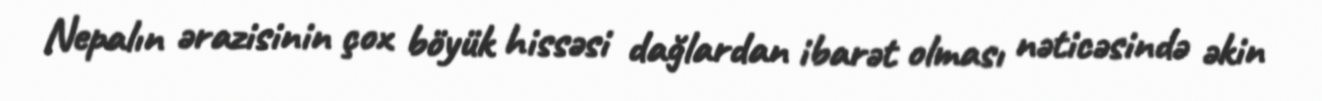
Nepalın ərazisinin çox böyük hissəsi dağlardan ibarət olması nəticəsində əkin